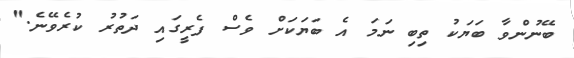
ބޭނުންވާ ބަޔަކު ތިބި ނަމަ އެ ބަޔަކަށް ވެސް ފެރީގައި ދަތުރު ކުރެވޭނެ."